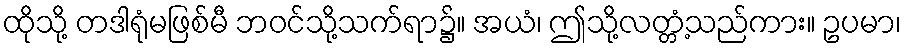
ထိုသို့ တဒါရုံမဖြစ်မီ ဘဝင်သို့သက်ရာ၌။ အယံ၊ ဤသို့လတ္တံ့သည်ကား။ ဥပမာ၊